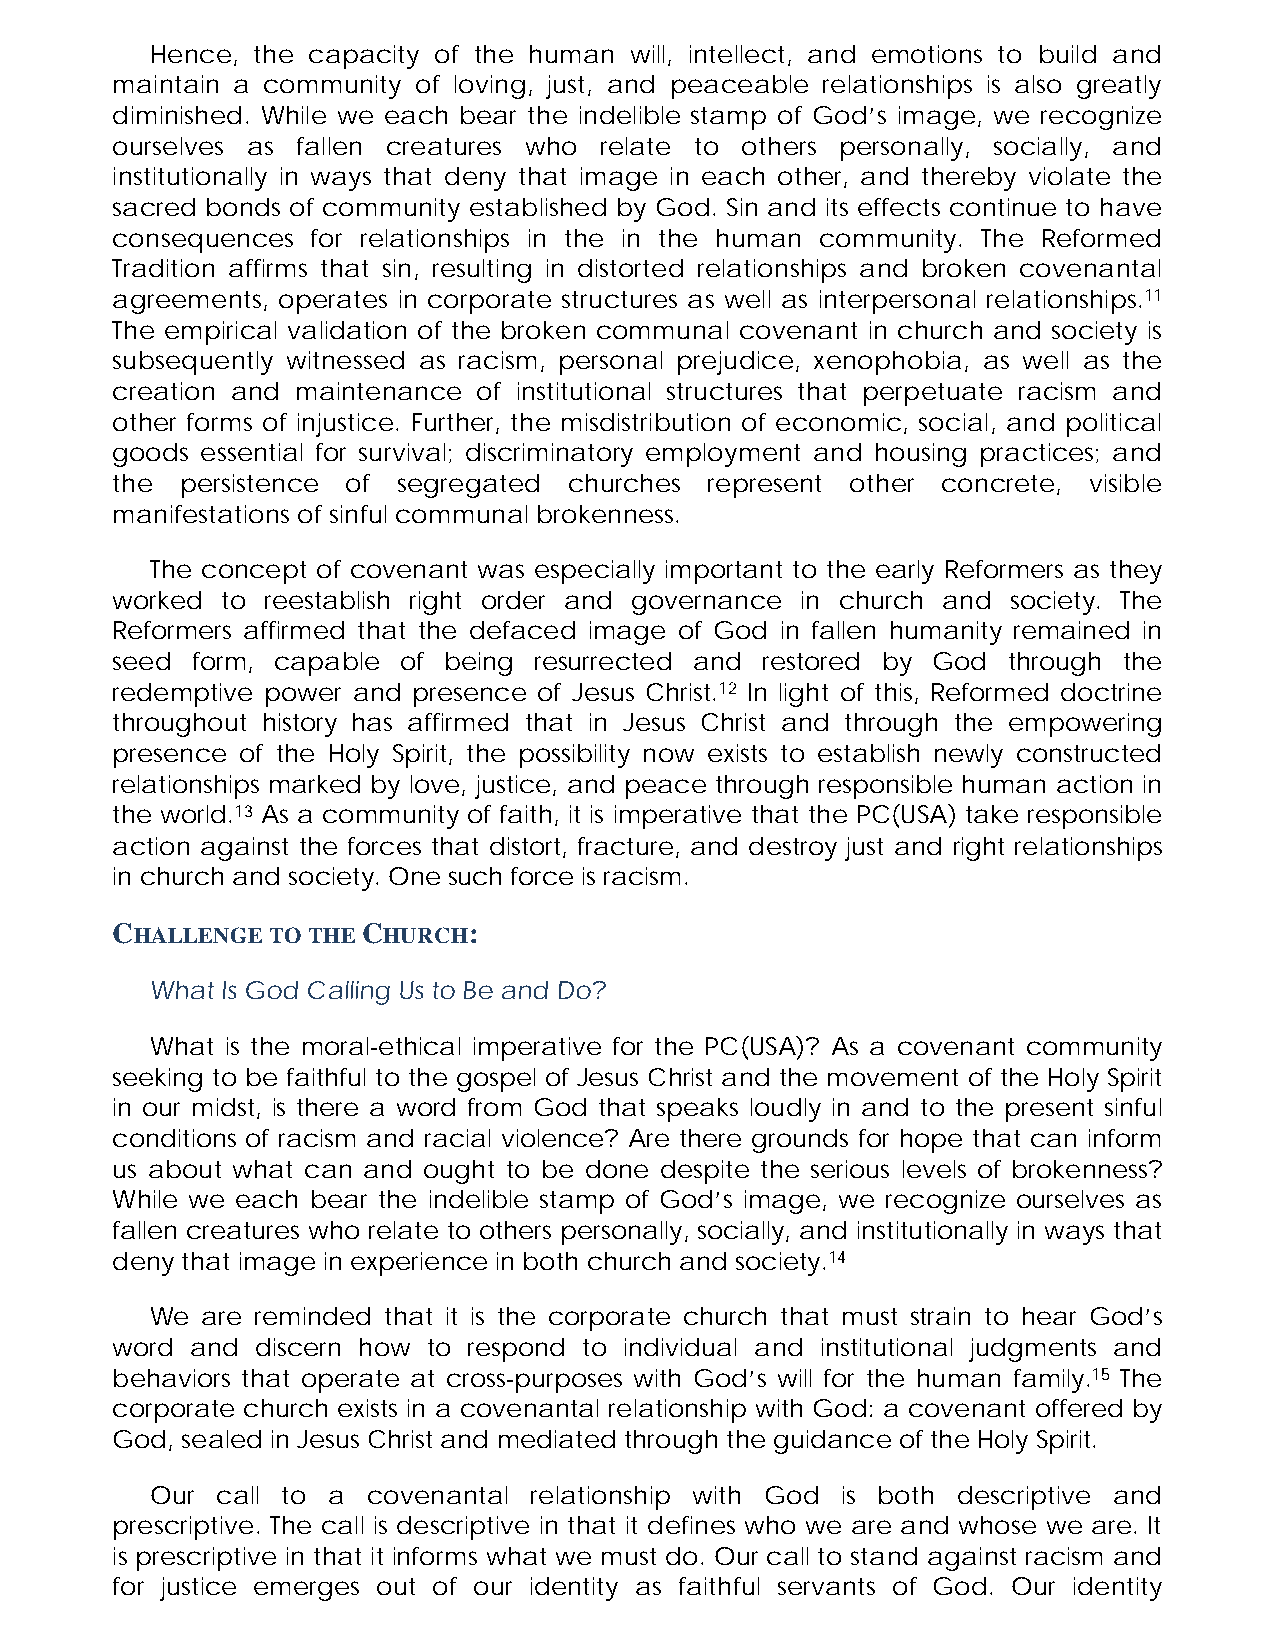
Hence, the capacity of the human will, intellect, and emotions to build and
 maintain a community of loving, just, and peaceable relationships is also greatly
 diminished. While we each bear the indelible stamp of God’s image, we recognize
 ourselves as fallen creatures who relate to others personally, socially, and
 institutionally in ways that deny that image in each other, and thereby violate the
 sacred bonds of community established by God. Sin and its effects continue to have
 consequences  for relationships in the in the human community. The Reformed
 Tradition affirms that sin, resulting in distorted relationships and broken covenantal
 agreements, operates in corporate structures as well as interpersonal relationships.11
 The empirical validation of the broken communal covenant in church and society is
 subsequently witnessed as racism, personal prejudice, xenophobia, as well as the
 creation and maintenance of institutional structures that perpetuate racism and
 other forms of injustice. Further, the misdistribution of economic, social, and political
 goods essential for survival; discriminatory employment and housing practices; and
 the  persistence of segregated churches represent other concrete, visible
 manifestations of sinful communal brokenness.
 The concept of covenant was especially important to the early Reformers as they
 worked  to reestablish right order and governance in church and society. The
 Reformers affirmed that the defaced image of God in fallen humanity remained in
 seed  form, capable of being resurrected and restored by God through the
 redemptive power and presence of Jesus Christ.12 In light of this, Reformed doctrine
 throughout history has affirmed that in Jesus Christ and through the empowering
 presence of the Holy Spirit, the possibility now exists to establish newly constructed
 relationships marked by love, justice, and peace through responsible human action in
 the world.13 As a community of faith, it is imperative that the PC(USA) take responsible
 action against the forces that distort, fracture, and destroy just and right relationships
 in church and society. One such force is racism.
 CHALLENGE  TO THE CHURCH:
 What Is God Calling Us to Be and Do?
 What is the moral-ethical imperative for the PC(USA)? As a covenant community
 seeking to be faithful to the gospel of Jesus Christ and the movement of the Holy Spirit
 in our midst, is there a word from God that speaks loudly in and to the present sinful
 conditions of racism and racial violence? Are there grounds for hope that can inform
 us about what can and ought to be done despite the serious levels of brokenness?
 While we each bear the indelible stamp of God’s image, we recognize ourselves as
 fallen creatures who relate to others personally, socially, and institutionally in ways that
 deny that image in experience in both church and society.14
 We are reminded that it is the corporate church that must strain to hear God’s
 word  and discern how to respond to individual and institutional judgments and
 behaviors that operate at cross-purposes with God’s will for the human family.15 The
 corporate church exists in a covenantal relationship with God: a covenant offered by
 God, sealed in Jesus Christ and mediated through the guidance of the Holy Spirit.
 Our call to a covenantal relationship with God is both descriptive and
 prescriptive. The call is descriptive in that it defines who we are and whose we are. It
 is prescriptive in that it informs what we must do. Our call to stand against racism and
 for justice emerges out of our identity as faithful servants of God. Our identity